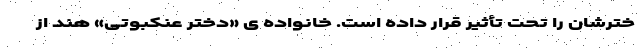
خترشان را تحت تأثیر قرار داده است. خانواده ی «دختر عنکبوتی» هند از